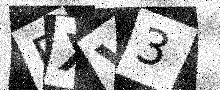
Text: FXV3